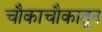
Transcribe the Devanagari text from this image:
चौकाचौकातून